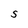
Character: S